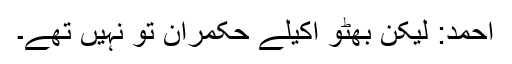
احمد: لیکن بھٹو اکیلے حکمران تو نہیں تھے۔